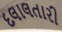
દલાલતારી